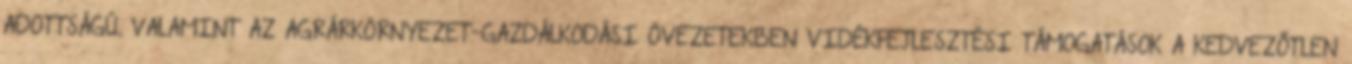
ADOTTSÁGÚ, VALAMINT AZ AGRÁRKÖRNYEZET-GAZDÁLKODÁSI ÖVEZETEKBEN VIDÉKFEJLESZTÉSI TÁMOGATÁSOK A KEDVEZŐTLEN